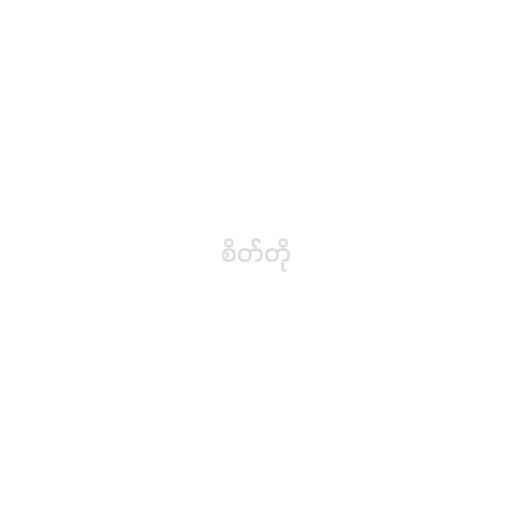
စိတ်တို